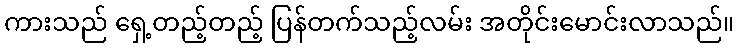
ကားသည် ရှေ့တည့်တည့် ပြန်တက်သည့်လမ်း အတိုင်းမောင်းလာသည်။